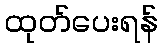
ထုတ်ပေးရန်